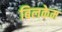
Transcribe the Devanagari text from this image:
बिलकेम